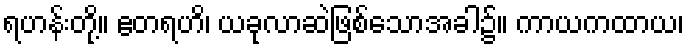
ရဟန်းတို့။ ဧတရဟိ၊ ယခုလာဆဲဖြစ်သောအခါ၌။ ကာယကထာယ၊